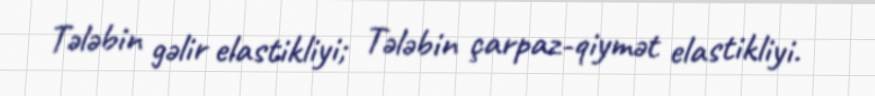
Tələbin gəlir elastikliyi; Tələbin çarpaz-qiymət elastikliyi.